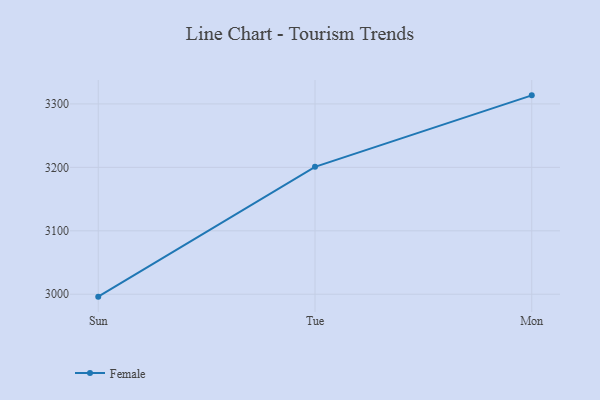
{"axis": {"x": "Day", "y": "Budget (USD K)"}, "legend": ["Female"], "data": [{"x": "Sun", "y": 2996.2, "type": "Female"}, {"x": "Tue", "y": 3200.9, "type": "Female"}, {"x": "Mon", "y": 3313.5, "type": "Female"}]}